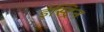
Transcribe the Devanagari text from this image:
ईस्ट्रिन